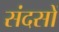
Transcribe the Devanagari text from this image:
संदसों